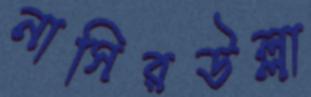
নাসিরউল্লা